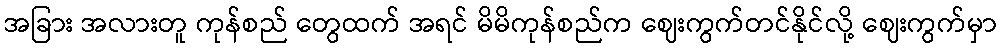
အခြား အလားတူ ကုန်စည် တွေထက် အရင် မိမိကုန်စည်က ဈေးကွက်တင်နိုင်လို့ ဈေးကွက်မှာ